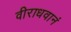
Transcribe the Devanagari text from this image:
वीराधवानं